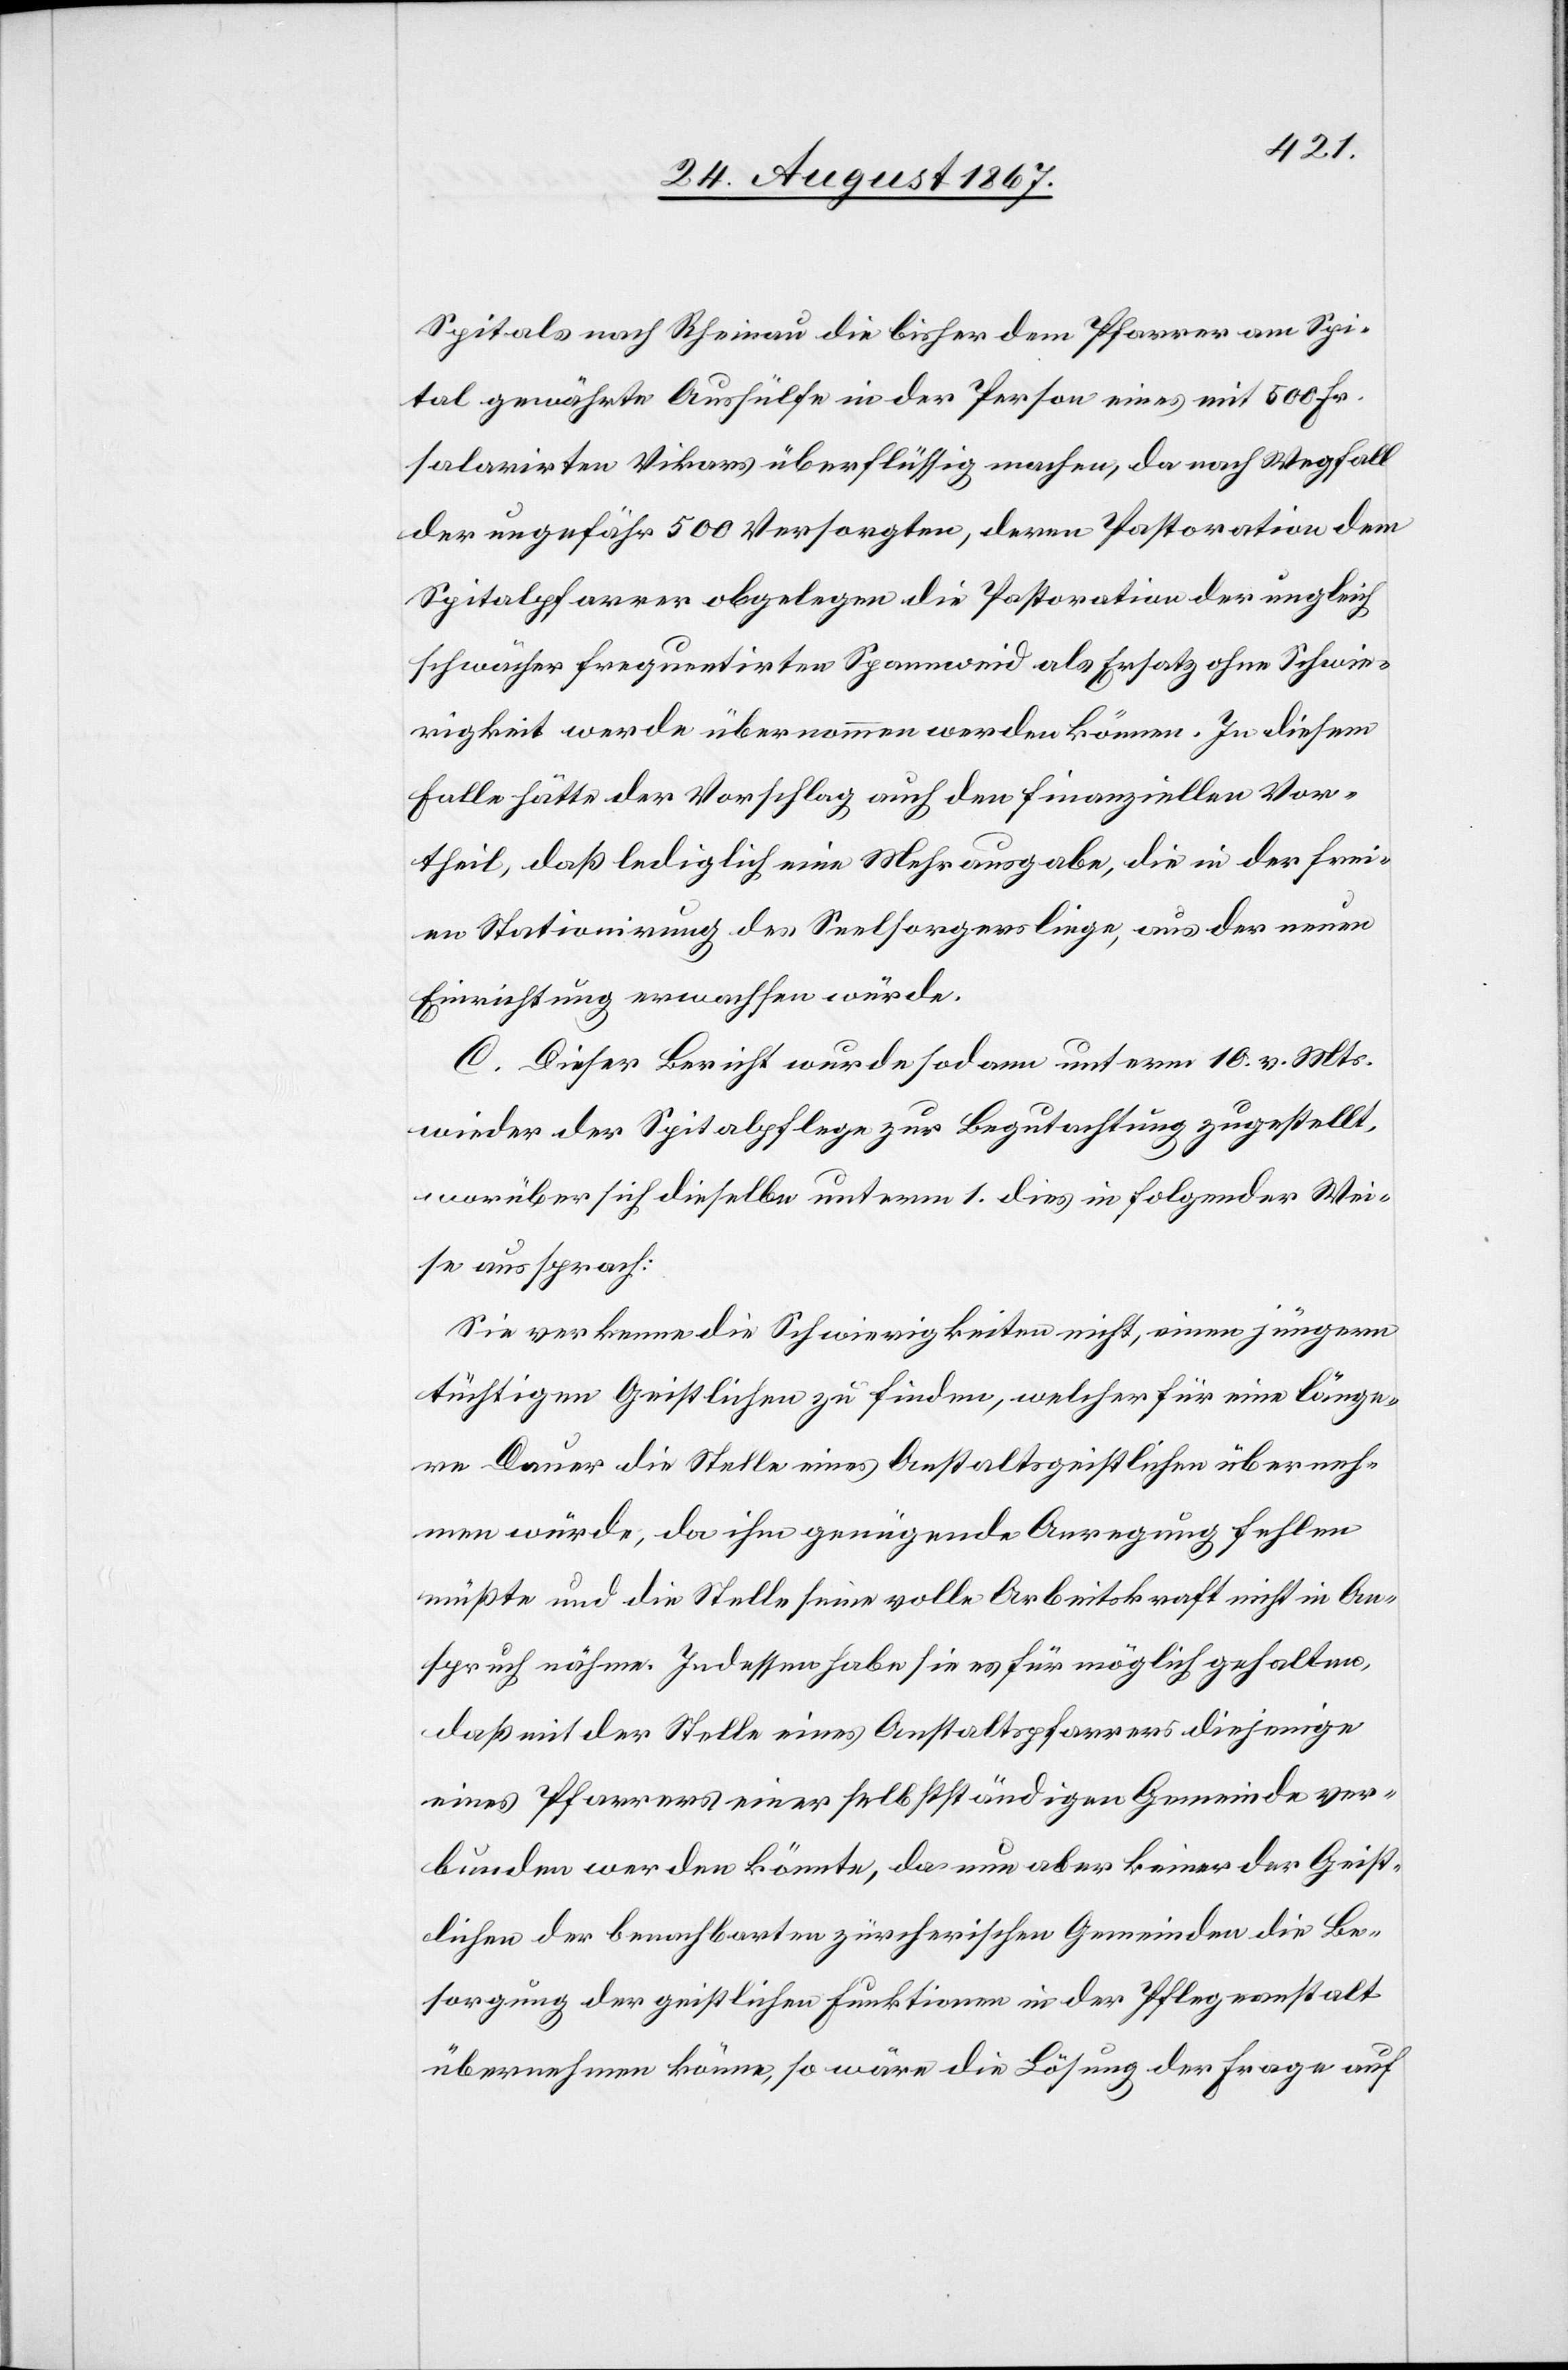
An¬
Spitals nach Rheinau die bisher dem Pfarrer am Spi¬
tal gewährte Aushülfe in der Person eines mit 500 Fr.
salarirten Vikars überflüssig machen, da nach Wegfall
der ungefähr 500 Versorgten, deren Pastoration dem
Spitalpfarrer obgelegen die Pastoration der ungleich
schwächer frequentirten Spannweid als Ersatz ohne Schwie¬
rigkeiten werde übernommen werden können. In diesem
Falle hätte der Vorschlag auch den finanziellen Vor¬
theil, daß lediglich eine Mehrausgabe, die in der frei¬
en Stationirung des Seelsorgers liege, aus der neuen
Einrichtung erwachsen würde.
C. Dieser Bericht wurde sodann unterm 10. v. Mts.
wieder der Spitalpflege zur Begutachtung zugestellt,
men
worüber sich dieselbe unterm 1. dies in folgender Wei¬
se aussprach:
Sie verkenne die Schwierigkeiten nicht, einen jüngern
tüchtigen Geistlichen zu finden, welcher für eine länge¬
re Dauer die Stelle eines Anstaltsgeistlichen überneh¬
spruch nähme. Indessen habe sie es für möglich gehalten,
daß mit der Stelle eines Anstaltspfarrers diejenige
eines Pfarrers einer selbstständigen Gemeinde ver¬
bunden werden könnte, da nun aber keiner der Geist¬
lichen der benachbarten zürcherischen Gemeinde die Be¬
sorgung der geistlichen Funktionen in der Pfleganstalt
übernehmen könne, so wäre die Lösung der Frage auf